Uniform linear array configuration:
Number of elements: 32
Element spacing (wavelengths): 1
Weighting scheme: blackman
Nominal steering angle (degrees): -60
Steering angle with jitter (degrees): -58.906
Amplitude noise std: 0.05
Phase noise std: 0.05

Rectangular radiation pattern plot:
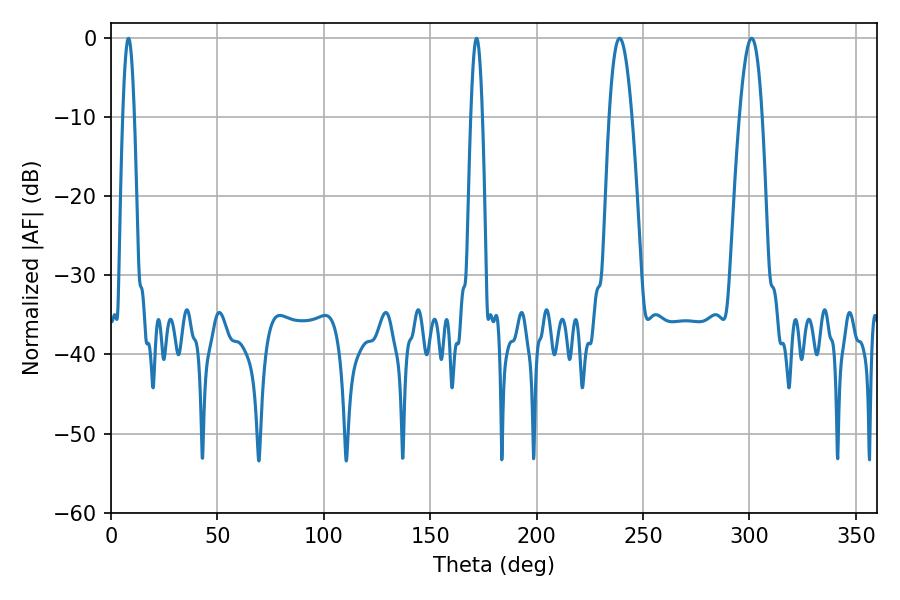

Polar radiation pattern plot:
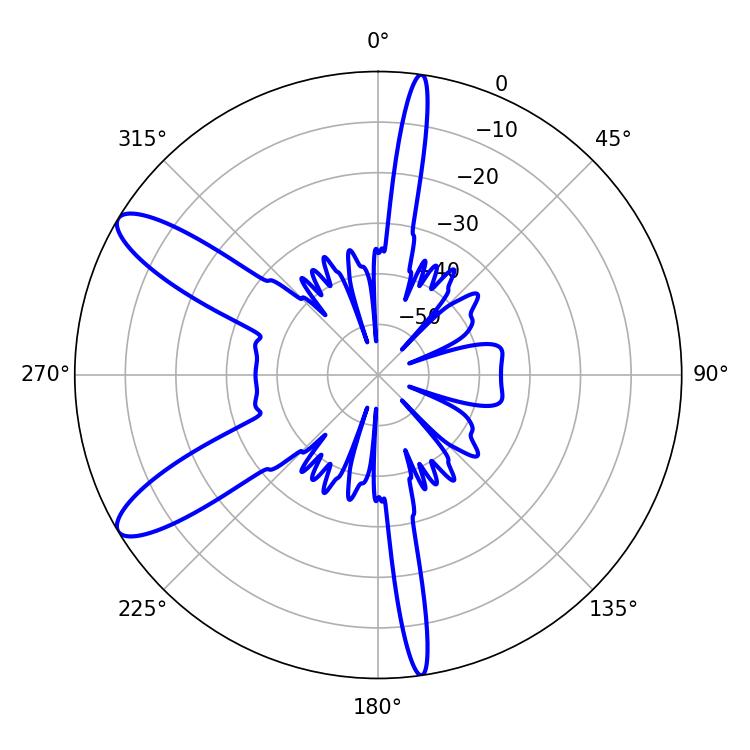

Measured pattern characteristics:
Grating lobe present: TRUE
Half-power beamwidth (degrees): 5.94
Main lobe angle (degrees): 239.04